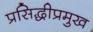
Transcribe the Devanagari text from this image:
प्रसिद्धीप्रमुख